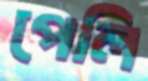
পেলি